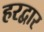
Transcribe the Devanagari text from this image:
हरद्वार